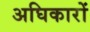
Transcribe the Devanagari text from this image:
अघिकारों